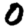
Digit: 0